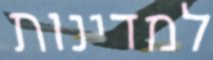
למדינות